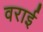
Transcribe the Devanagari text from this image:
वराई